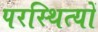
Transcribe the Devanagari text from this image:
परस्थित्यों